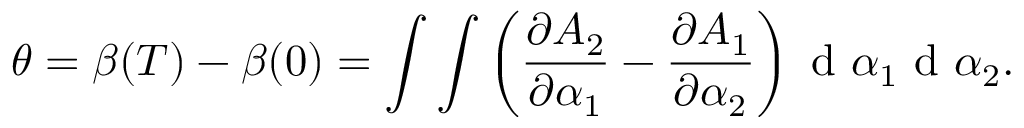
\theta = \beta ( T ) - \beta ( 0 ) = \int \int \left( \frac { \partial A _ { 2 } } { \partial \alpha _ { 1 } } - \frac { \partial A _ { 1 } } { \partial \alpha _ { 2 } } \right) \textrm { d } { \alpha } _ { 1 } \textrm { d } { \alpha } _ { 2 } .